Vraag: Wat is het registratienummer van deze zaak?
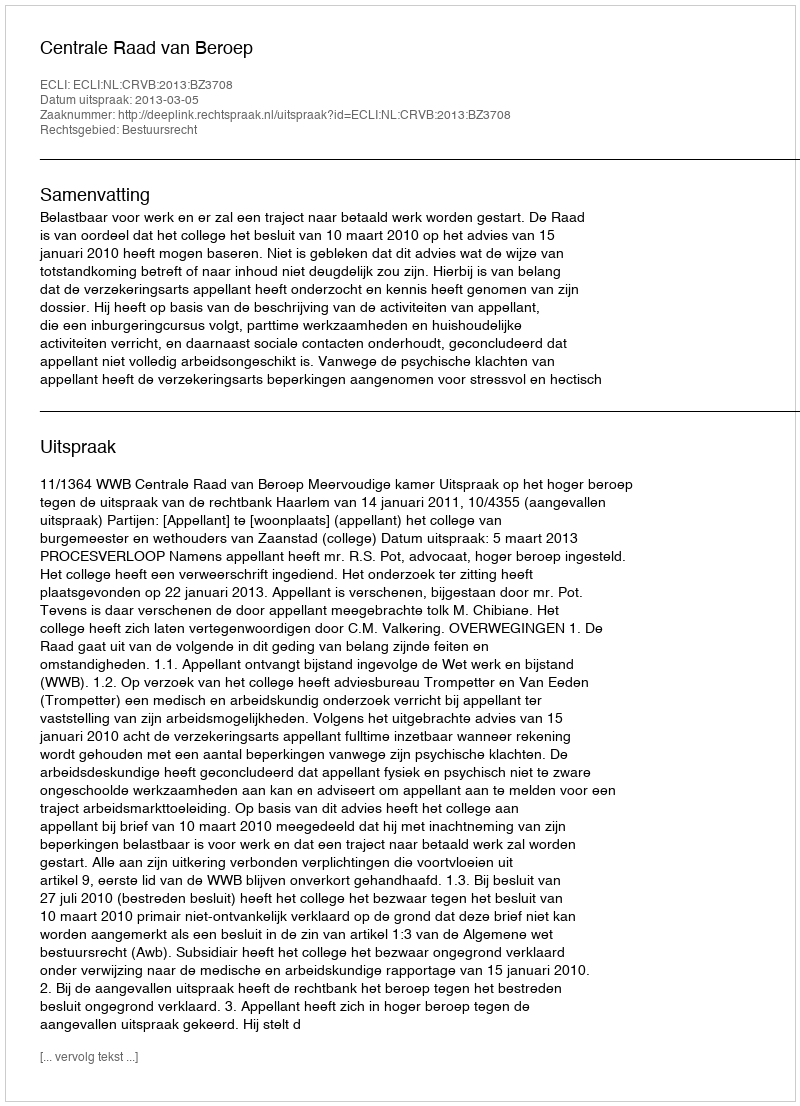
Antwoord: http://deeplink.rechtspraak.nl/uitspraak?id=ECLI:NL:CRVB:2013:BZ3708